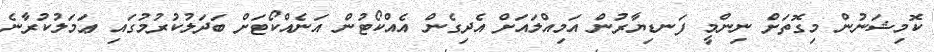
ކޮމިޝަނުން މިގޮތަށް ނިންމީ ފަނޑިޔާރުން އަމިއްލައަށް އެދިގެން އެއްކޯޓުން އަނެއްކޯޓަށް ބަދަލުކުރުމުގައި ޢަމަލުކުރާނެ